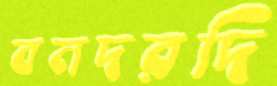
বনদরদি